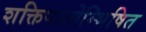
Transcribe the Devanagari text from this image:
शक्तिपातोम्भिषित